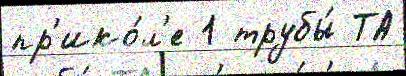
пр'ико́л'е 1 трубы́ ТА